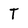
Character: T